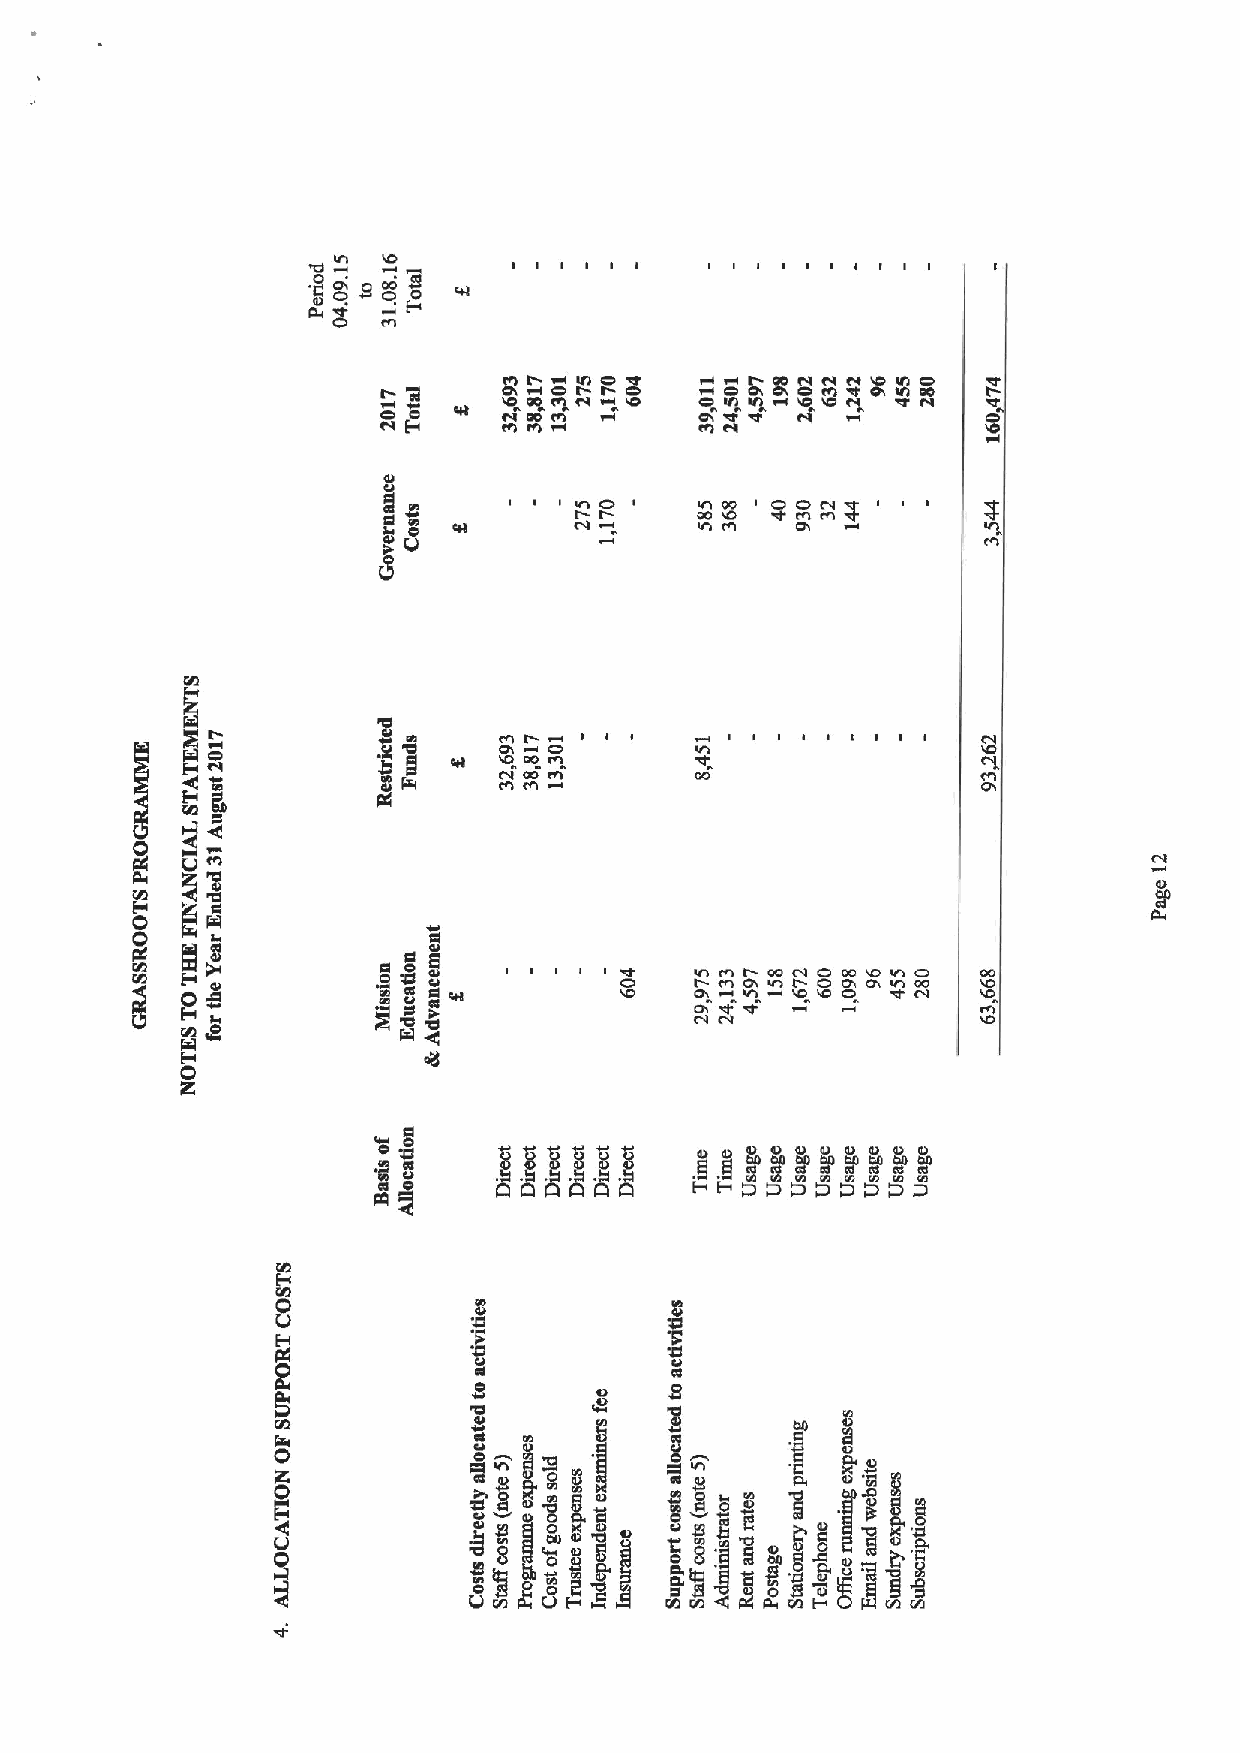
twoCtIAO o     I OOCCCCCOCAIA
 t     O O IA 0ICAW0I CO ARtl Cl COt 0I I OA CC0 C0
 00 Cll     ~I g
 tll
 mg 0      I I ItCC O t I  O O Ol
 0          ot             0I
 Ol 1IO0 0C O I I
 I g  00 M OO                            Ol
 K                                     0I
 94
 IO
 0
 0
 C0l '4               OCmr OOCCOOOOOOO   oo
 CO   t 0I C wOA vlIO wCt O O0A OIAIOCOO 'IO
 CII
 CV CO              'IO
 0
 w
 "gl
 I
 g     v~ggeg
 Ctt g
 Cl
 C0I
 '0
 Cl
 Io
 CI